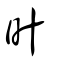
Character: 旪